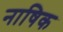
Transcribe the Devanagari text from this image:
नाषिक